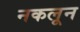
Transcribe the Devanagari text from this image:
नकलून